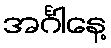
အင်္ဂါနေ့